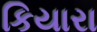
કિયારા